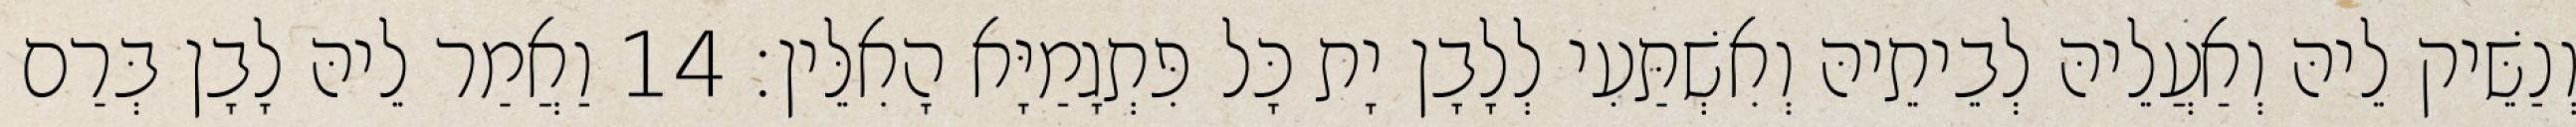
וְנַשֵּׁיק לֵיהּ וְאַעֲלֵיהּ לְבֵיתֵיהּ וְאִשְׁתַּעִי לְלָבָן יָת כָּל פִּתְגָמַיָּא הָאִלֵּין׃ 14 וַאֲמַר לֵיהּ לָבָן בְּרַם